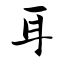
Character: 耳